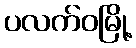
ပလက်ဝမြို့